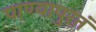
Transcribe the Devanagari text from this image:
पाण्यापुरतं